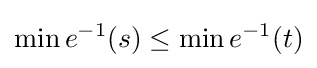
\min e^{-1}(s)\leq \min e^{-1}(t)